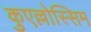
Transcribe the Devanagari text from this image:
कुएल्लोस्सिम